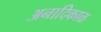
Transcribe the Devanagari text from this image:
अनादिकाळ